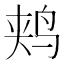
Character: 𫛥